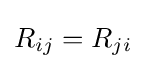
R_{ij}=R_{ji}